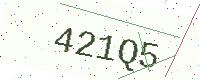
Text: 421Q5